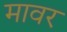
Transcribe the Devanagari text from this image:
मावर